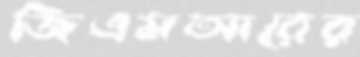
জিএমআরের